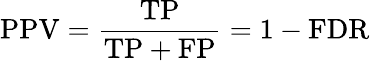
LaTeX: \mathrm{PPV}={\frac{\mathrm{TP}}{\mathrm{TP}+\mathrm{FP}}}=1-\mathrm{FDR}